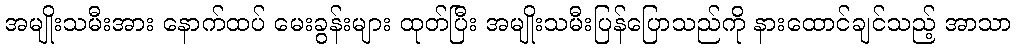
အမျိုးသမီးအား နောက်ထပ် မေးခွန်းများ ထုတ်ပြီး အမျိုးသမီးပြန်ပြောသည်ကို နားထောင်ချင်သည့် အာသာ